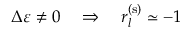
\Delta \varepsilon \neq 0 \quad \Rightarrow \quad r _ { l } ^ { ( \mathrm { s } ) } \simeq - 1